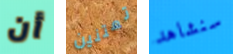
أن تعتنين سنشاهد